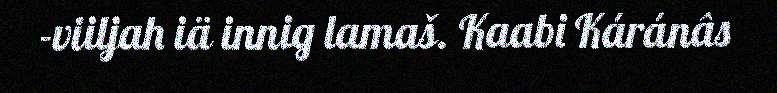
-viiljah iä innig lamaš. Kaabi Káránâs